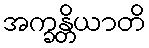
အက္ခန္တိယာတိ